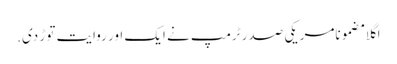
اگلا مضمونامریکی صدر ٹرمپ نے ایک اور روایت توڑ دی.